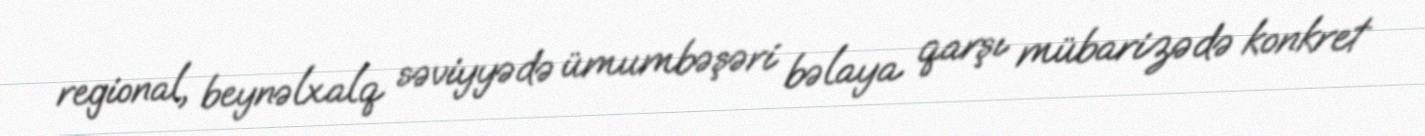
regional, beynəlxalq səviyyədə ümumbəşəri bəlaya qarşı mübarizədə konkret